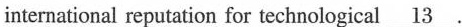
international reputation for technological \underline{13}.